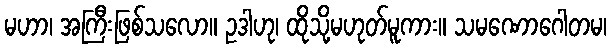
မဟာ၊ အကြီးဖြစ်သလော။ ဥဒါဟု၊ ထိုသို့မဟုတ်မူကား။ သမဏောဂေါတမ၊